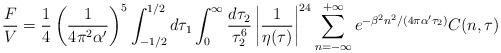
LaTeX: \begin{align*}\frac{F}{V}=\frac{1}{4}\left(\frac{1}{4\pi^2\alpha'}\right)^5\int^{1/2}_{-1/2} d\tau_1\int_0^\infty\frac{d\tau_2}{\tau^6_2}\left|\frac{1}{\eta(\tau)}\right|^{24}\sum_{n=-\infty}^{+\infty}e^{-\beta^2 n^2/(4\pi\alpha'\tau_2)} C(n,\tau)\end{align*}